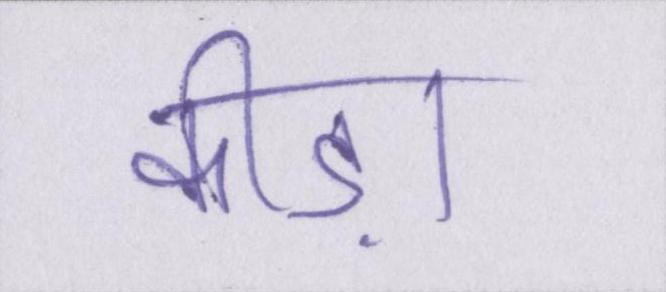
कीड़ा